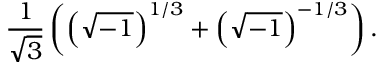
{ \frac { 1 } { \sqrt { 3 } } } \left( \left( { \sqrt { - 1 } } \right) ^ { 1 / 3 } + \left( { \sqrt { - 1 } } \right) ^ { - 1 / 3 } \right) .